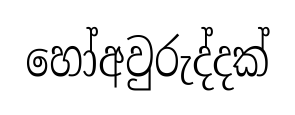
හෝඅවුරුද්දක්